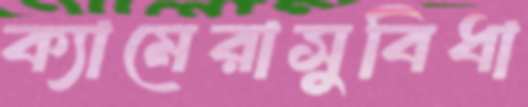
ক্যামেরাসুবিধা